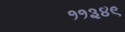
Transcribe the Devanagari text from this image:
११३४९